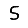
Digit: 5